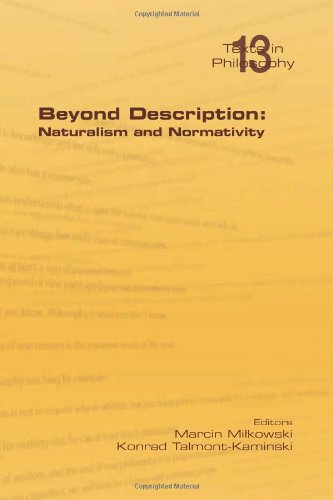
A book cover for Beyond Description: Naturalism and Normativity (Texts in Philosophy); Politics & Social Sciences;